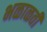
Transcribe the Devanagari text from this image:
भळाळती